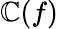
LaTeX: \mathbb{C}(f)